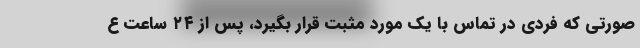
صورتی که فردی در تماس با یک مورد مثبت قرار بگیرد، پس از ۲۴ ساعت ع